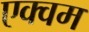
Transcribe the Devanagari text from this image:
एक्वम